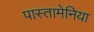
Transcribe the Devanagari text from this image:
पास्तामेनिया